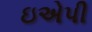
ઇએપી